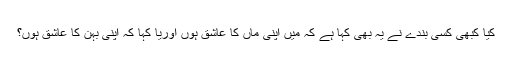
کیا کبھی کسی بندے نے یہ بھی کہا ہے کہ میں اپنی ماں کا عاشق ہوں اوریا کہا کہ اپنی بہن کا عاشق ہوں؟